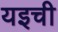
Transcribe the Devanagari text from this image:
यइची